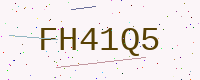
Text: FH41Q5